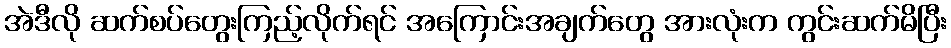
အဲဒီလို ဆက်စပ်တွေးကြည့်လိုက်ရင် အကြောင်းအချက်တွေ အားလုံးက ကွင်းဆက်မိပြီး